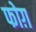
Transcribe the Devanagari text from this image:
फोग़